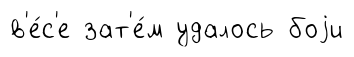
в'е́с'е зат'е́м удалось боjи